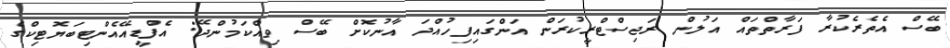
ބޭސް އެތެރެކުރާ ފަރާތްތައް އަލުން ރަޖިސްޓްރީކުރަން އަންގައިފިހުއްދަ އާނުކޮށް ބޭސް ވިއްކަމުންދޭ: އެފްޑީއޭއެންޓިބަޔޮޓިކްގެ